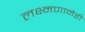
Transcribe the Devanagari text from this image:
लक्ष्मणानेही